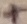
Text: +